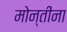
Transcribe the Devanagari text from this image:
मोन्तींना